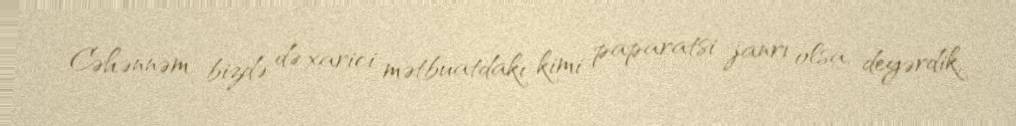
Cəhənnəm, bizdə də xarici mətbuatdakı kimi paparatsi janrı olsa, deyərdik,